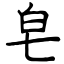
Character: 皂